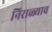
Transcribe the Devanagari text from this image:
निराळ्याच